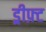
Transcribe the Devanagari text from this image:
ड्रीफ़्ट